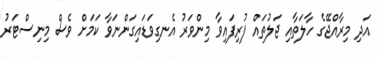
އަދި މިރާއްޖޭގެ ހާލަތާއި ޖަލުތައް ފުރިފައިވާ މިންވަރު އެނގިވަޑައިގަންނަވާ ކަމަށް ވެސް މިނިސްޓަރު